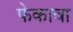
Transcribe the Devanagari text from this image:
फेकावा